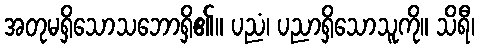
အတုမရှိသောသဘောရှိ၏။ ပညံ၊ ပညာရှိသောသူကို။ သိရီ၊